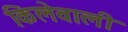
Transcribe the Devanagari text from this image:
किलेवाली